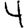
Digit: 4